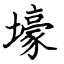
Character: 壕